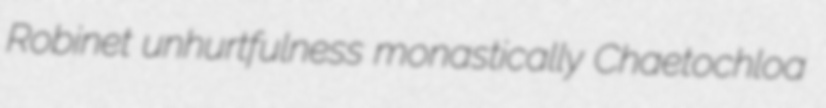
Robinet unhurtfulness monastically Chaetochloa